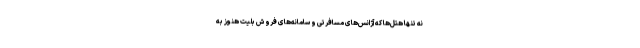
نه تنها هتل‌ها که آژانس‌های مسافرتی و سامانه‌های فروش بلیت هنوز به